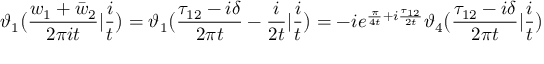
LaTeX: \vartheta _ { 1 } \bigl ( \frac { w _ { 1 } + \bar { w } _ { 2 } } { 2 \pi i t } | \frac { i } { t } \bigr ) = \vartheta _ { 1 } \bigl ( \frac { \tau _ { 1 2 } - i \delta } { 2 \pi t } - \frac { i } { 2 t } | \frac { i } { t } \bigr ) = - i e ^ { \frac { \pi } { 4 t } + i \frac { \tau _ { 1 2 } } { 2 t } } \vartheta _ { 4 } \bigl ( \frac { \tau _ { 1 2 } - i \delta } { 2 \pi t } | \frac { i } { t } \bigr )